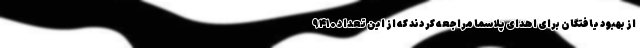
از بهبود یافتگان برای اهدای پلاسما مراجعه کردند که از این تعداد ۹۴۱۰